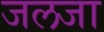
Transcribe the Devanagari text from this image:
जलजा